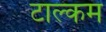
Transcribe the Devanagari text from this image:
टाल्कम